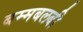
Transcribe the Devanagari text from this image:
बम्मबलबी